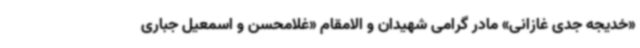
«خدیجه جدی غازانی» مادر گرامی شهیدان و الامقام «غلامحسن و اسمعیل جباری